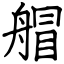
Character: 艒